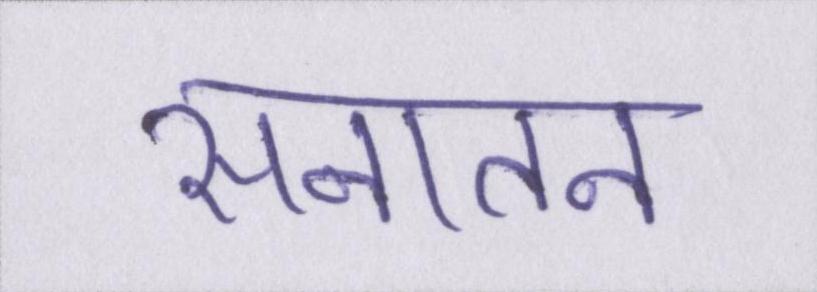
सनातन